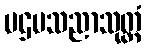
ပဌမသညာသုတ္တံ